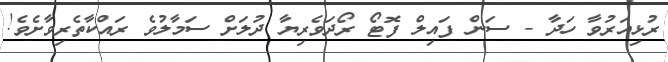
ރުޅިއަރުވާ ހަދާ - ސަން ފައިލް ފޮޓޯ ރޯދަވެރިޔާ ދުލަށް ސަމާލުވެ ރައްކާތެރިވާށެވެ!